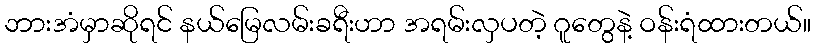
ဘားအံမှာဆိုရင် နယ်မြေလမ်းခရီးဟာ အရမ်းလှပတဲ့ ဂူတွေနဲ့ ဝန်းရံထားတယ်။